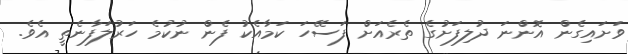
ވަށައިގެން އޮންނަ ދުލިފަށުގެ ތެރެއަށް ފަސޭހަ ކަމާއެކު ފެން ނުކުމެ ހަރުލަފާނެތީ އެވެ.